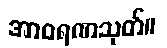
အာဝရဏသုတ်။